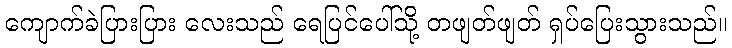
ကျောက်ခဲပြားပြား လေးသည် ရေပြင်ပေါ်သို့ တဖျတ်ဖျတ် ရှပ်ပြေးသွားသည်။